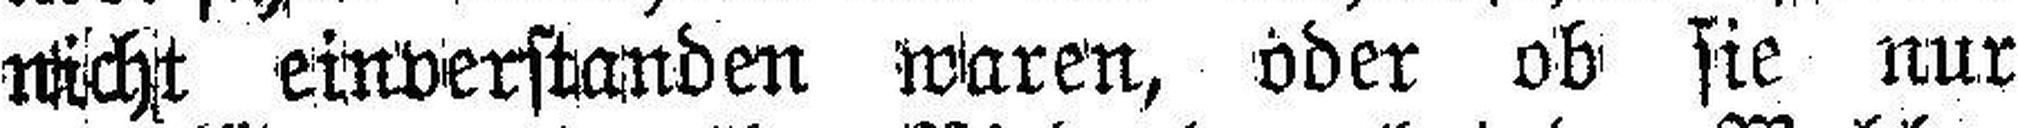
nicht einverstanden waren, oder ob sie nur